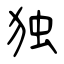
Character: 独